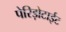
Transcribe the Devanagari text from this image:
पेरिड़ोटाईट